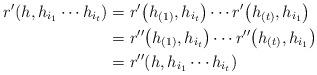
LaTeX: \begin{align*}r' (h, h_{i_{1}} \cdots h_{i_{t}}) & = r' \big( h_{(1)}, h_{i_{t}} \big) \cdots r' \big( h_{(t)}, h_{i_{1}} \big)\\& = r'' \big( h_{(1)}, h_{i_{t}} \big) \cdots r'' \big( h_{(t)}, h_{i_{1}} \big)\\& = r'' (h, h_{i_{1}} \cdots h_{i_{t}})\end{align*}